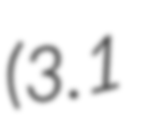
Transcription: (3.1